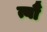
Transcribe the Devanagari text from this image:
त्यौं